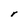
Character: r